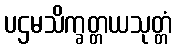
ပဌမသိက္ခတ္တယသုတ္တံ